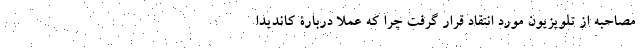
مصاحبه از تلویزیون مورد انتقاد قرار گرفت چرا که عملا دربارۀ کاندیدا